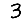
Digit: 3